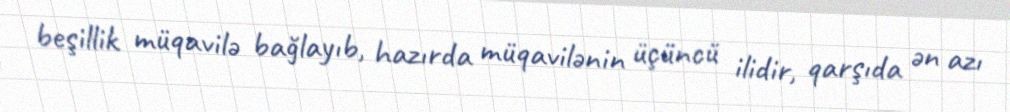
beşillik müqavilə bağlayıb, hazırda müqavilənin üçüncü ilidir, qarşıda ən azı